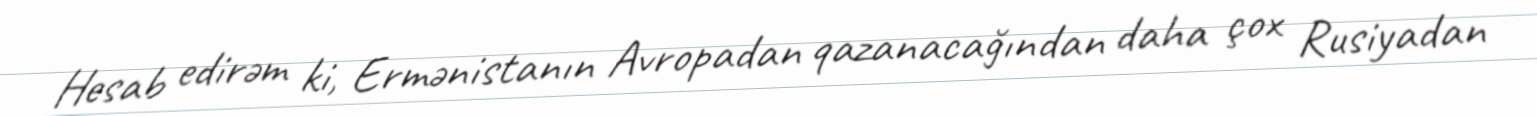
Hesab edirəm ki, Ermənistanın Avropadan qazanacağından daha çox Rusiyadan